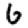
Digit: 6